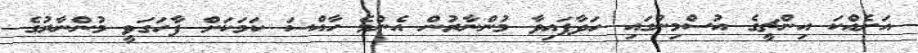
އަށެއްކަ އިންޗީގެ އުސްމިނުގައި ހަދާފައިވާ މުންނާރުން އެންމެ ހާއްސަ ކަމަކަށް ފާހަގަވީ މުންނާރުގެ